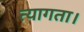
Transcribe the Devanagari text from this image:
त्‍यागता।